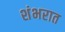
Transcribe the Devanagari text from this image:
शंभरात